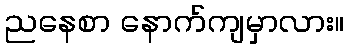
ညနေစာ နောက်ကျမှာလား။